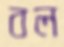
বল